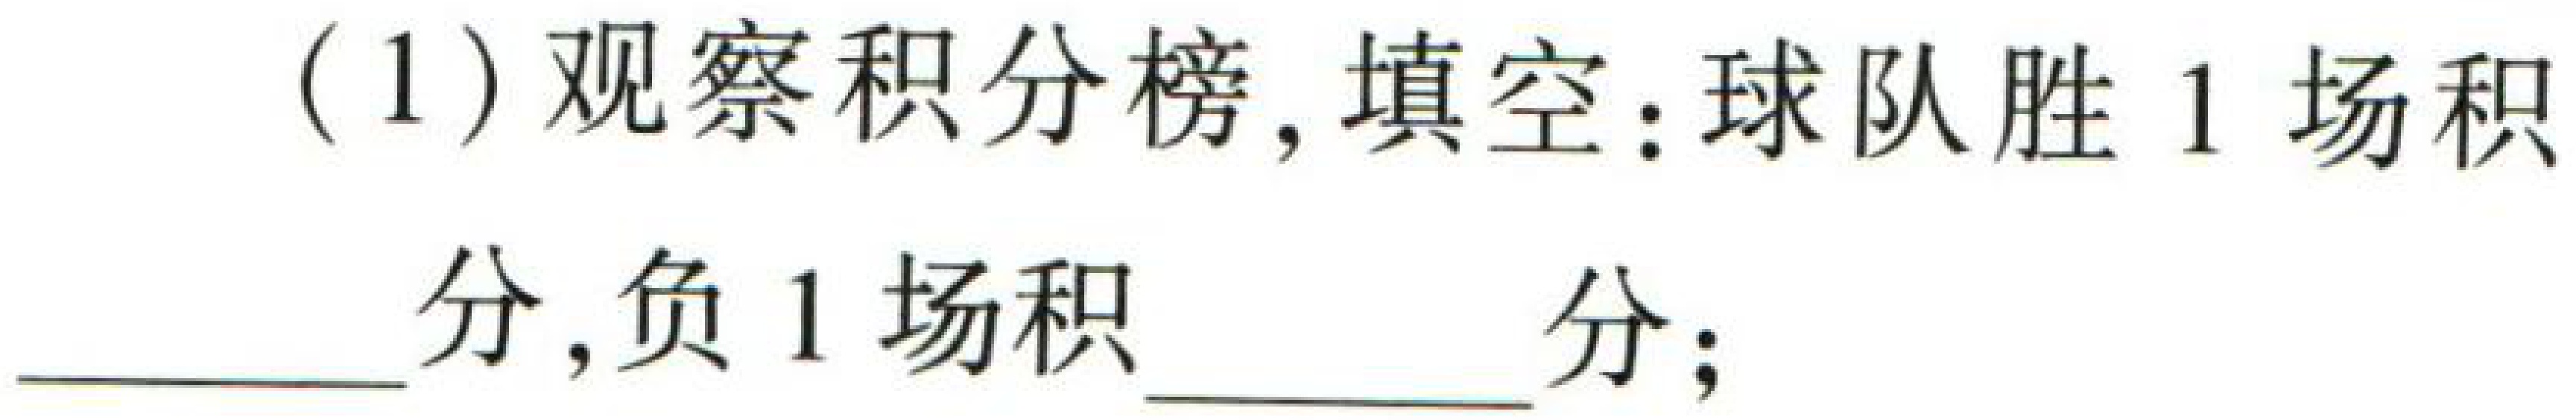
(1) 观察积分榜，填空：球队胜1场积____分,负1场积____分；